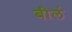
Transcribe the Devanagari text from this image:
बील॔